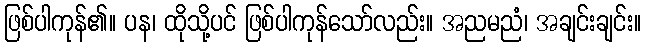
ဖြစ်ပါကုန်၏။ ပန၊ ထိုသို့ပင် ဖြစ်ပါကုန်သော်လည်း။ အညမညံ၊ အချင်းချင်း။